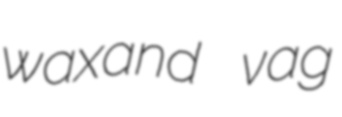
waxand vag